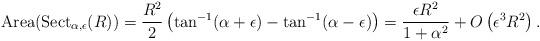
LaTeX: \begin{align*}\textnormal{Area}(\textnormal{Sect}_{\alpha, \epsilon}(R)) &= \frac{R^2}{2}\left(\tan^{-1}(\alpha + \epsilon)-\tan^{-1}(\alpha - \epsilon)\right)= \frac{\epsilon R^{2}}{1+\alpha^{2}} + O\left(\epsilon^{3}R^{2} \right).\end{align*}